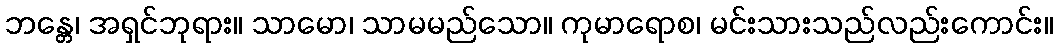
ဘန္တေ၊ အရှင်ဘုရား။ သာမော၊ သာမမည်သော။ ကုမာရောစ၊ မင်းသားသည်လည်းကောင်း။